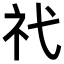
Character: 𥘒